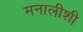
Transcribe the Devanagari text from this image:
मनालीशी